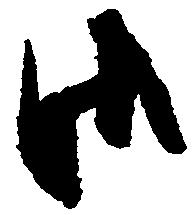
御